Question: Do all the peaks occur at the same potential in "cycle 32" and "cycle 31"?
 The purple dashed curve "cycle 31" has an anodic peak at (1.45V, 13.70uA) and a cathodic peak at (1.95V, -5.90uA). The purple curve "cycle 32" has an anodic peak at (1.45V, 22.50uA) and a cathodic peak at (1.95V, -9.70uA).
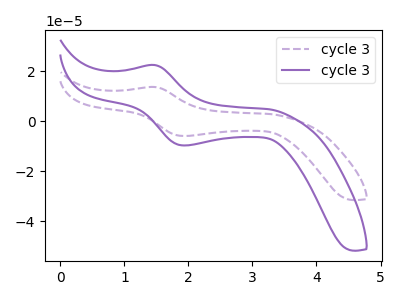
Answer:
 <answer>Yes, "cycle 32" have a peak in "cycle 31" at the same potential.</answer>
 <eval>match</eval>